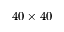
4 0 \times 4 0